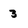
Character: 3